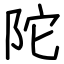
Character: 陀